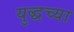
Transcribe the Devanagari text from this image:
युद्धच्या